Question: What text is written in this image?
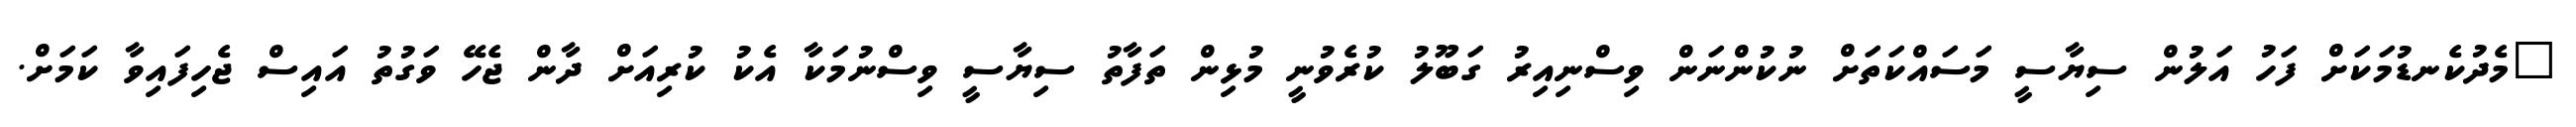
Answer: "މެދުކެނޑުމަކަށް ފަހު އަލުން ސިޔާސީ މަސައްކަތަށް ނުކުންނަން ވިސްނިއިރު ގަބޫލު ކުރެވުނީ މުޅިން ތަފާތު ސިޔާސީ ވިސްނުމަކާ އެކު ކުރިއަށް ދާން ޖެހޭ ވަގުތު އައިސް ޖެހިފައިވާ ކަމަށް.